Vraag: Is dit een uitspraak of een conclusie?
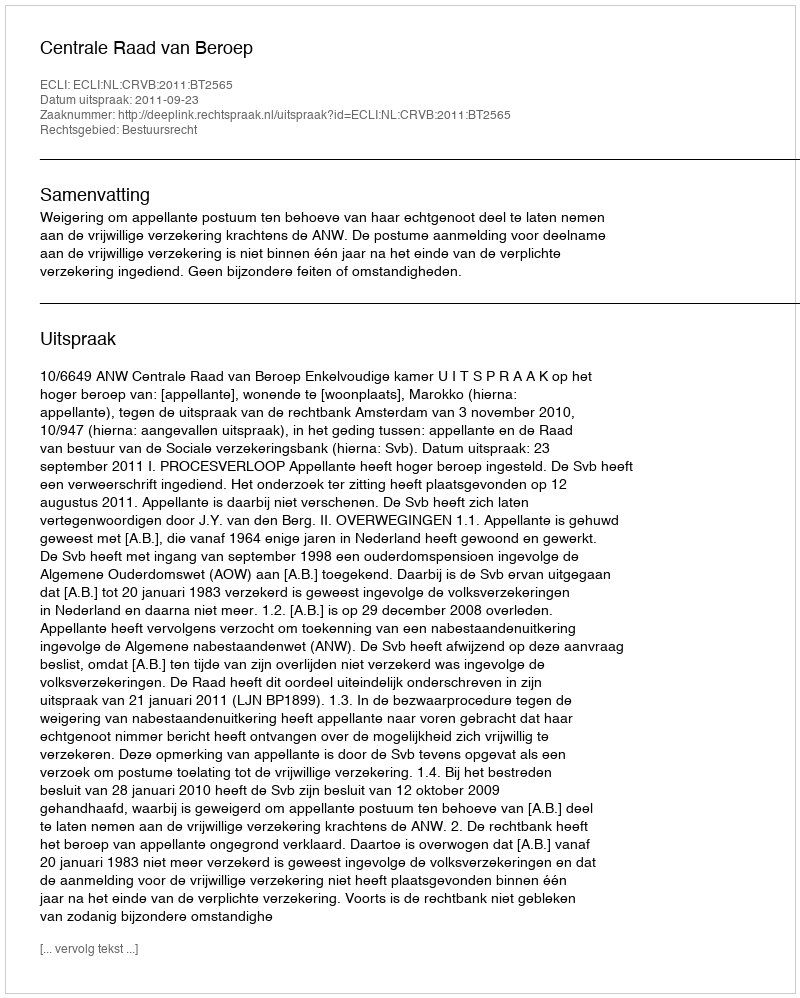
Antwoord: Uitspraak